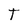
Character: t